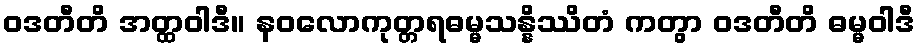
ဝဒတီတိ အတ္ထဝါဒီ။ နဝလောကုတ္တရဓမ္မသန္နိဿိတံ ကတွာ ဝဒတီတိ ဓမ္မဝါဒီ